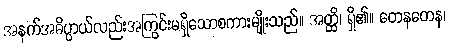
အနက်အဓိပ္ပာယ်လည်းအကြွင်းမရှိသောစကားမျိုးသည်။ အတ္ထိ၊ ရှိ၏။ တေနတေန၊